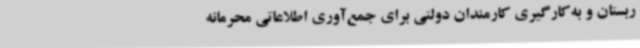
ربستان و به‌کارگیری کارمندان دولتی برای جمع‌آوری اطلاعاتی محرمانه